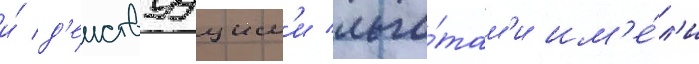
и́ д'еиствуущим'и льго́там'и им'е́л'и